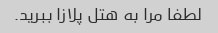
لطفا مرا به هتل پلازا ببرید.